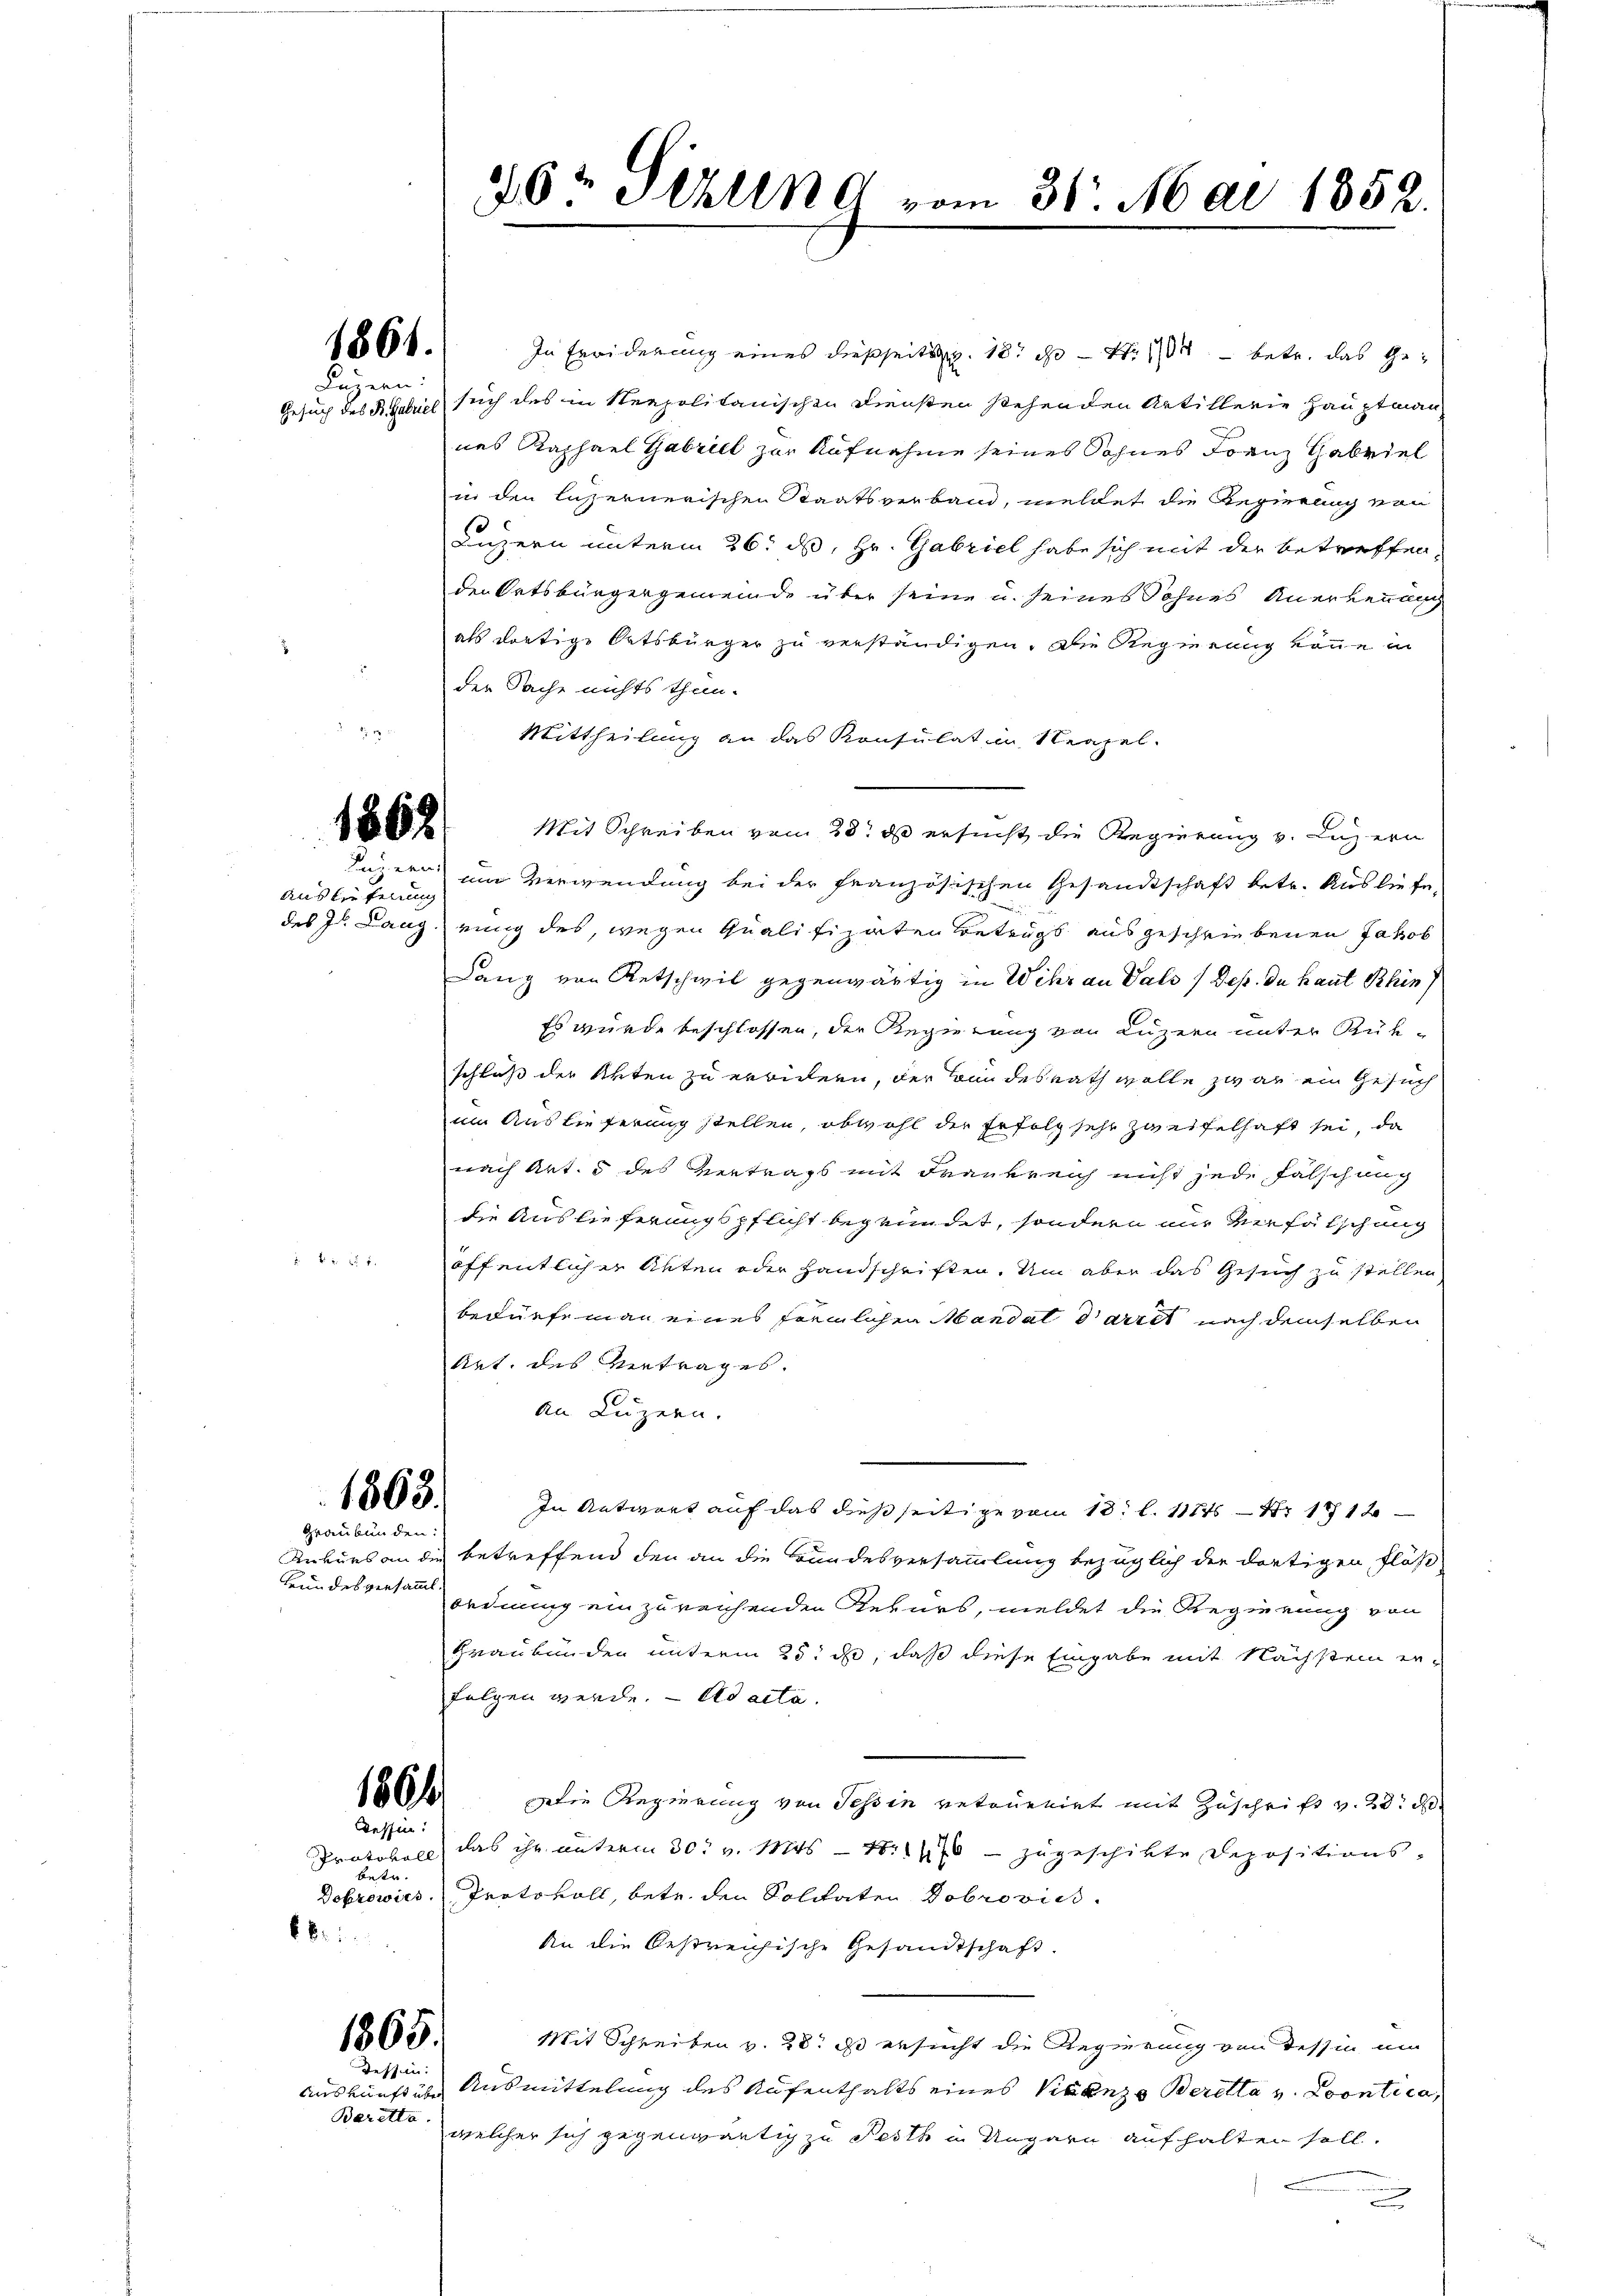
1861.
Luzern:

Auslieferung

Zürich

In Erwiderung eines dießseits 18. d. 1 betr. das Ge¬
Gesuch des Beteil sich des in Neapolitanischen Diensten stehenden Artillerie Hauptmann
nes Kaphael Gabriel zur Aufnahme seines Sohnes Fornz Gabriel
in den lasernerischen Staatsverband, meldet die Regierung von
Luzern unterm 26. ds, Hr. Gabriel habe sich mit der betreffen,
den Ortsbürgergemeinde über seine u. seines Sohnes Anerkennung
als dortige Ortsbürger zu verständigen. Die Regierung könne in
der Sache nichts thun.
Mittheilung an das Konsulat in Neapel.
Mit Schreiben von 20. d ersucht die Regierung v. Luzern
Luzern um Verwendung bei der französischen Gesandtschaft betr. Ausliefe,
des J. Langerung des, wegen Qualifiziten Betrags ausgeschriebenen Jakob
Lang von Retschwil gegenwärtig in Wehr an Vals (Dep. Du haut Rhin)
Es wurde beschlossen, der Regierung von Luzern unter Rükschluß der Akten zu errichern, der Bundesrath wolle zwar ein Gesuch
im Auslieferung stellen, obwohl der Erfolg sehr zweifelhaft sei, da
nach Art. 5 des Vertrags mit Frankreich nicht jede Fälschung
die Auslieferungspflicht begründet, sondern nur verfälschung
öffentlicher Akten oder Handschriften. Um aber das Gesuch zu stellen
bedürfen an eines förmlichen Mandat dartet nach demselben
Art. des Vertrages.
an Luzern.
In Antwort auf das dießseitige vom 13. l. 11845 — 1812.
Ankurs an die betreffend den an die Bundesversammlung bezüglich der dortigen Fläs
ordnung einzureichenden Rekurs, meldet die Regierung von
Graubünden unterm 25. d, daß diese Eingabe mit Nächstein er-
folgen werde. Ad acta.
Die Regierung von Tessin retourirt mit Zuschrift v. 23. d
Protokoll, das ihr unterm 30. v. Mts. 1. 146 - zugeschikte Depositions¬
Dobrowics, Protokoll, betr. den Solitaten Dobrovics
An die bestreichische Gesandtschaft.
Mit Schreiben v. 28. ds ersucht die Regierung von dessin um
Auskunft über Ausmittelung des Aufenthalts eines Vicenze Beretta v. Econtica,
welcher sich gegenwärtig zu Pesth in Ungarn aufhalten soll.
.
n

frundesversammt.

1862

1863.
Graubünden:

1864
Tessin:

bestr.
6kr.

1865
Dessen:

Baretto.

26t Jelena vom 31. Mai 1852.